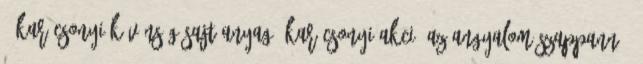
- Karácsonyi kívánság Sajtóanyag: Karácsonyi akció az Angyalom Szappanná.